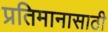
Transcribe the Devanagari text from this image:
प्रतिमानासाठी